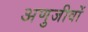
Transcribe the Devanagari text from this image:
अणुजीवों